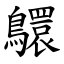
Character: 䴋